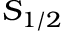
S _ { 1 / 2 }